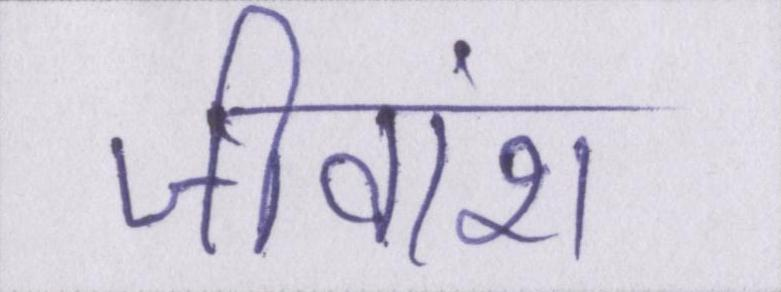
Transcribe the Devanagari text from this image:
जीवांश